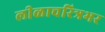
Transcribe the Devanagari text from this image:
लीळाचरित्रभर